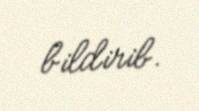
bildirib.